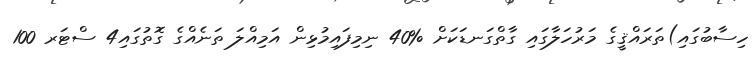
ހިސާބުގައި)ތަރައްޤީގެ މަރުހަލާގައި ގާތްގަނޑަކަށް %40 ނިމިފައިމުޅިން އަމިއްލަ ތަނެއްގެ ގޮތުގައި4 ސްޓަރ 100